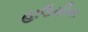
હાઉસીસ